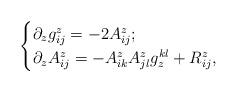
LaTeX: \begin{align*} \begin{cases} \partial_z g_{ij}^z = -2A^z_{ij};\\ \partial_z A_{ij}^z = -A^z_{ik}A^z_{jl}g_z^{kl} + R^z_{ij}, \end{cases} \end{align*}